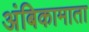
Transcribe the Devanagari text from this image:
अंबिकामाता